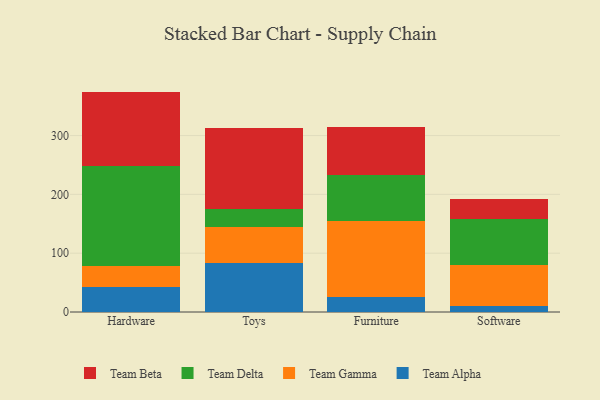
{"axis": {"x": "Category", "y": "Net Income (USD K)"}, "legend": ["Team Alpha", "Team Beta", "Team Delta", "Team Gamma"], "data": [{"x": "Hardware", "y": 41.8, "type": "Team Alpha"}, {"x": "Hardware", "y": 37.1, "type": "Team Gamma"}, {"x": "Hardware", "y": 169.1, "type": "Team Delta"}, {"x": "Hardware", "y": 126.7, "type": "Team Beta"}, {"x": "Toys", "y": 82.7, "type": "Team Alpha"}, {"x": "Toys", "y": 61.5, "type": "Team Gamma"}, {"x": "Toys", "y": 30.6, "type": "Team Delta"}, {"x": "Toys", "y": 137.8, "type": "Team Beta"}, {"x": "Furniture", "y": 25.6, "type": "Team Alpha"}, {"x": "Furniture", "y": 129.0, "type": "Team Gamma"}, {"x": "Furniture", "y": 78.1, "type": "Team Delta"}, {"x": "Furniture", "y": 81.6, "type": "Team Beta"}, {"x": "Software", "y": 9.5, "type": "Team Alpha"}, {"x": "Software", "y": 70.6, "type": "Team Gamma"}, {"x": "Software", "y": 77.7, "type": "Team Delta"}, {"x": "Software", "y": 34.7, "type": "Team Beta"}]}